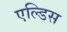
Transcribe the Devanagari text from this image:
एल्डिस